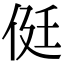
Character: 侹